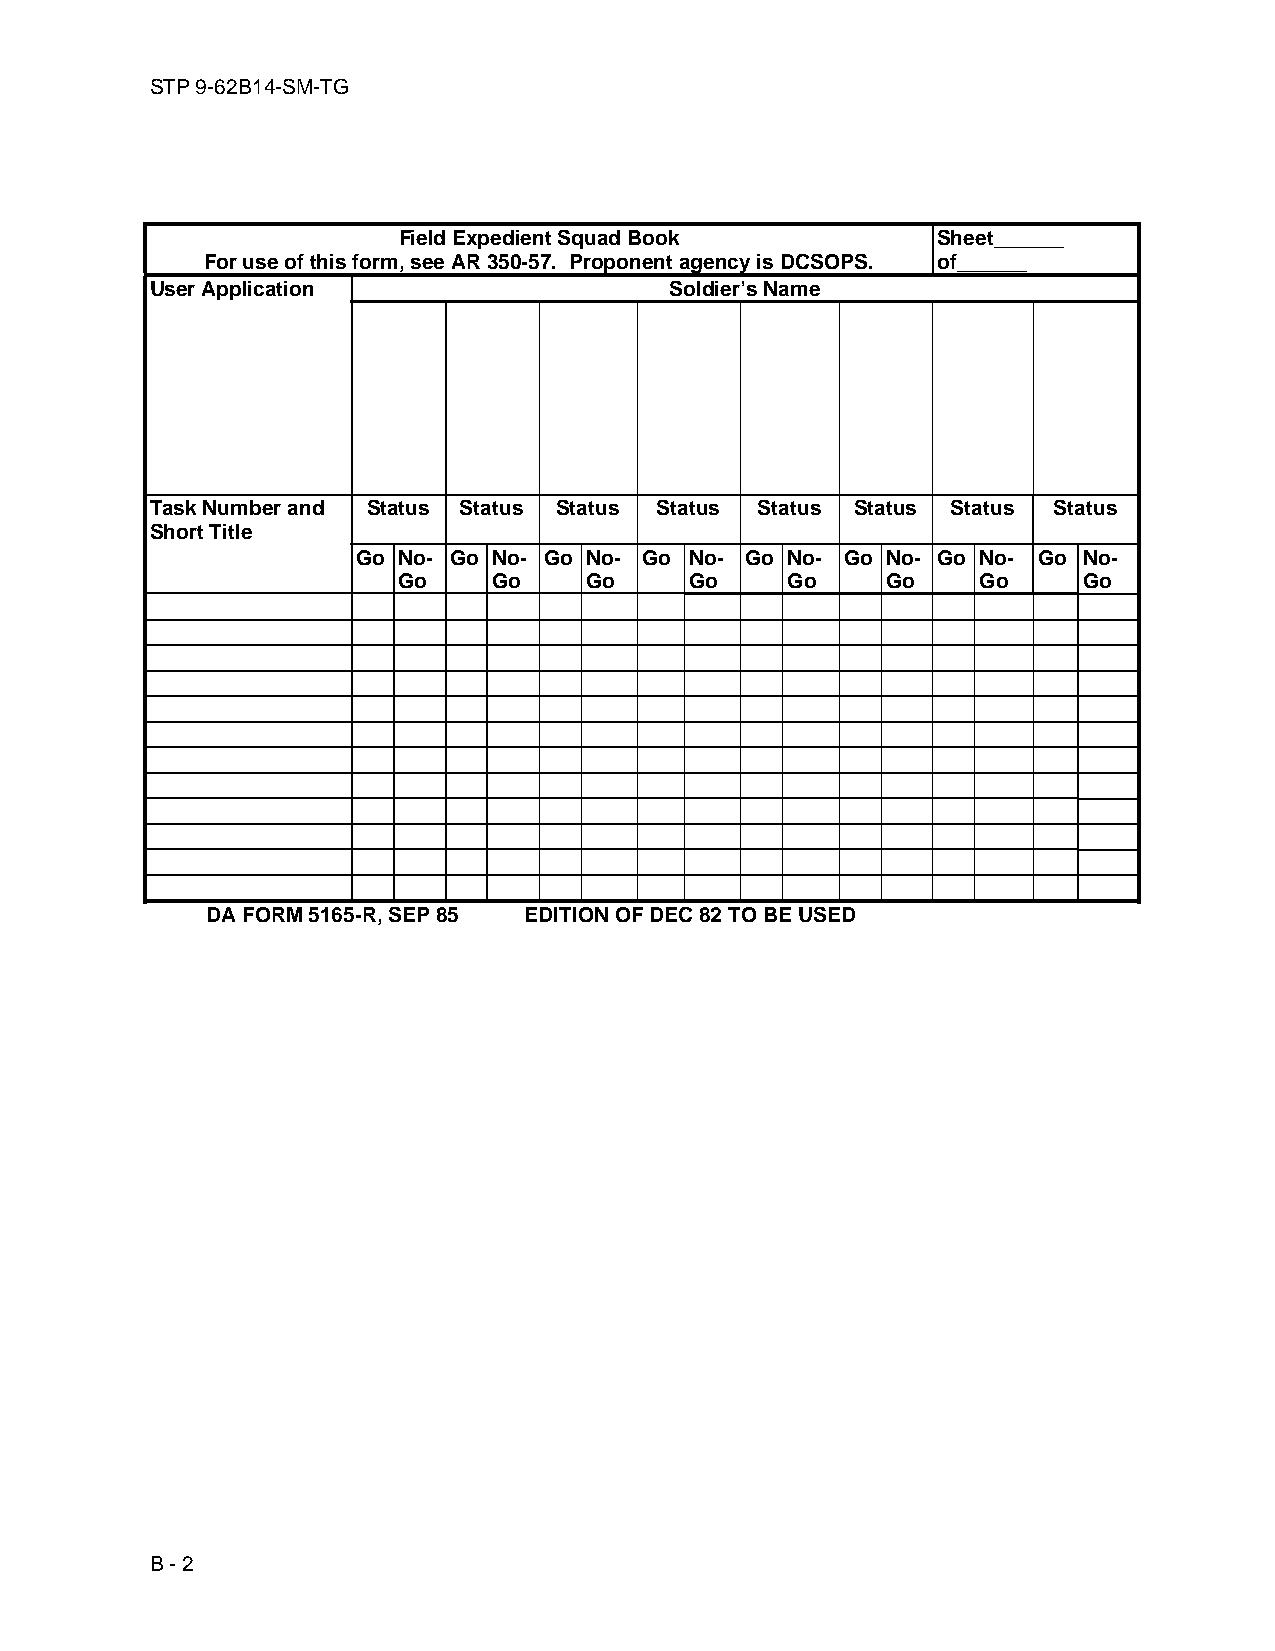
STP 9-62B14-SM-TG
 Field Expedient Squad Book          Sheet______
 For use of this form, see AR 350-57. Proponent agency is DCSOPS. of______
 User Application                  Soldier’s Name
 Task Number and Status Status Status Status Status Status Status Status
 Short Title
 Go No- Go No- Go No- Go No- Go No- Go No- Go No- Go No-
 Go     Go    Go     Go    Go     Go    Go     Go
 DA FORM 5165-R, SEP 85 EDITION OF DEC 82 TO BE USED
 B - 2